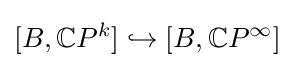
[B,\mathbb {C} P^{k}]\hookrightarrow [B,\mathbb {C} P^{\infty }]